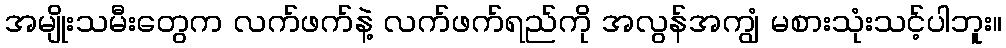
အမျိုးသမီးတွေက လက်ဖက်နဲ့ လက်ဖက်ရည်ကို အလွန်အကျွံ မစားသုံးသင့်ပါဘူး။